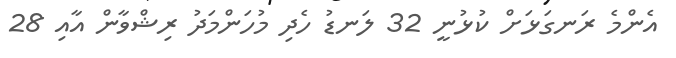
އެންމެ ރަނގަޅަށް ކުޅުނީ 32 ލަނޑު ހެދި މުހަންމަދު ރިޝްވާން އާއި 28